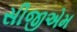
સીજીએમ